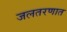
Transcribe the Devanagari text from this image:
जलतरणात